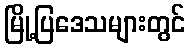
မြို့ပြဒေသများတွင်